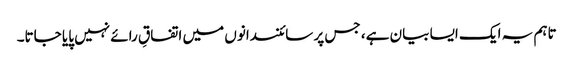
تاہم یہ ایک ایسا بیان ہے، جس پر سائنسدانوں میں اتفاقِ رائے نہیں پایا جاتا۔